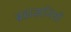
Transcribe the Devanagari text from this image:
ब्रह्मज्ञानियों